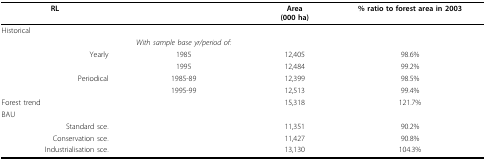
| RL |  | Area(000 ha) | % ratio to forest area in 2003 |
 | --- | --- | --- | --- |
 | Historical |  |  |  |
 |  | With sample base yr/period of: |  |  |
 | Yearly | 1985 | 12,405 | 98.6% |
 |  | 1995 | 12,484 | 99.2% |
 | Periodical | 1985-89 | 12,399 | 98.5% |
 |  | 1995-99 | 12,513 | 99.4% |
 | Forest trend |  | 15,318 | 121.7% |
 | BAU |  |  |  |
 | Standard sce. |  | 11,351 | 90.2% |
 | Conservation sce. |  | 11,427 | 90.8% |
 | Industrialisation sce. |  | 13,130 | 104.3% |